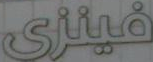
فينزي